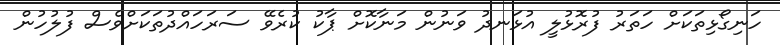
ހަނިގޯޅިތަކަށް ހަތަރު ފުރޮޅުލީ އުޅަނދު ވަނުން މަނާކޮށް ޕާކު ކުރެވޭ ސަރަހައްދުތަކަށްވެސް ފުލުހުން